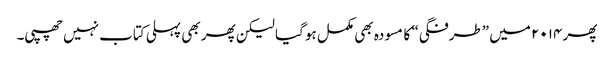
پھر ۲۰۱۴ میں ”طرفگی“ کا مسودہ بھی مکمل ہو گیا لیکن پھر بھی پہلی کتاب نہیں چھپی۔